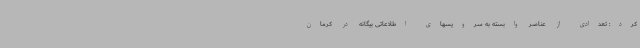
کرد: تعدادی از عناصر وابسته به سرویسهای اطلاعاتی بیگانه در کرمان